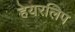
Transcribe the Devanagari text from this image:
हेयरलिप